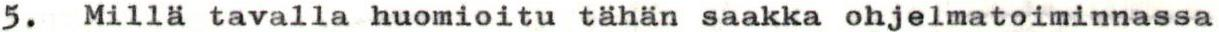
5. Millä tavalla huomioitu tähän saakka ohjelmatoiminnassa